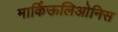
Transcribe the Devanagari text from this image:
मार्किऊलिओनिस